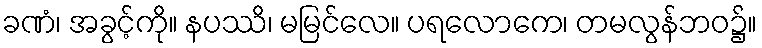
ခဏံ၊ အခွင့်ကို။ နပဿိ၊ မမြင်လေ။ ပရလောကေ၊ တမလွန်ဘဝ၌။